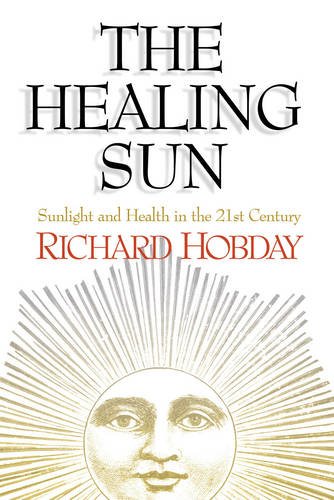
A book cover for The Healing Sun: Sunlight and Health in the 21st Century; Richard Hobday; Health, Fitness & Dieting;